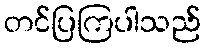
တင်ပြကြပါသည်